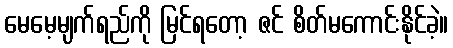
မေမေ့မျက်ရည်ကို မြင်ရတော့ ဇင် စိတ်မကောင်းနိုင်ခဲ့။